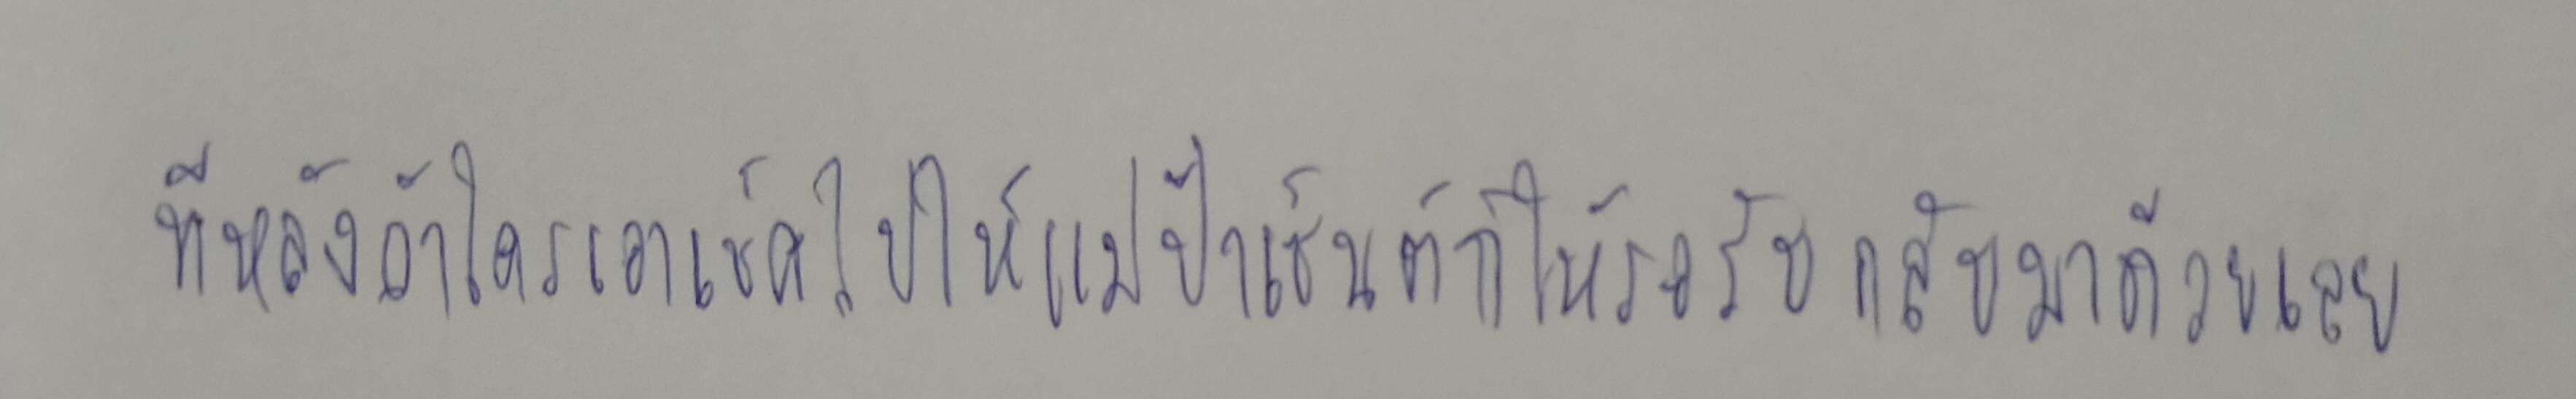
ทีหลังถ้าใครเอาเช็คไปให้แม่ป้าเซ็นต์ก็ให้รอรับกลับมาด้วยเลย